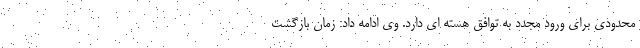
محدودی برای ورود مجدد به توافق هسته ای دارد. وی ادامه داد: زمان بازگشت